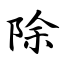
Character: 除